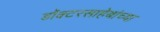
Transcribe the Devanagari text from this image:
डॉक्टरसाहेबांच्या